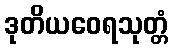
ဒုတိယဝေရသုတ္တံ